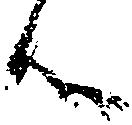
候